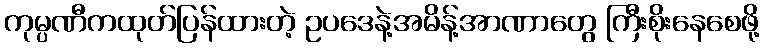
ကုမ္ပဏီကထုတ်ပြန်ထားတဲ့ ဥပဒေနဲ့အမိန့်အာဏာတွေ ကြီးစိုးနေစေဖို့